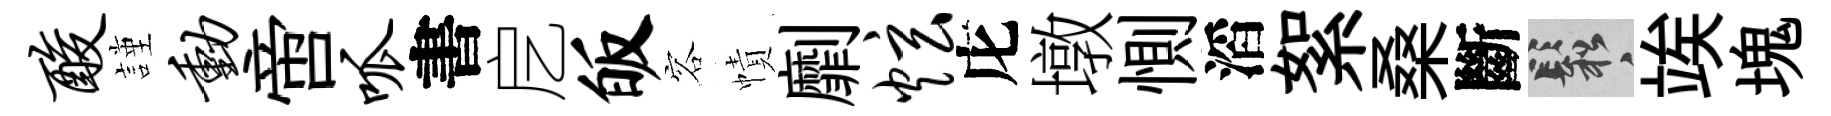
酸謹动啻呱書戹皈容幘劘炫庀墩惻滔絮桑斷鬆竢塊